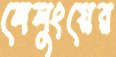
লেলুংয়ের